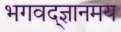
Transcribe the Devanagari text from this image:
भगवद्ज्ञानमय